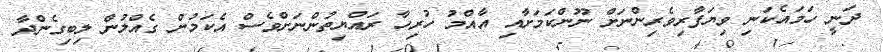
ދަނީ ހަމައެކަނި ވިޔަފާރިވެރިންނަށް ނޫންކަމަށާއި އާއްމު ހުރިހާ ރައްޔިތުންނަށްވެސް އެކަމުން ގެއްލުން ލިބިގެންދާ